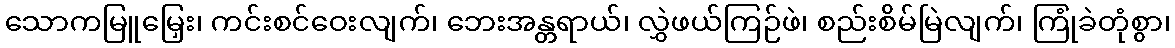
သောကမြူမြှေး၊ ကင်းစင်ဝေးလျက်၊ ဘေးအန္တရာယ်၊ လွှဲဖယ်ကြဉ်ဖဲ၊ စည်းစိမ်မြဲလျက်၊ ကြုံခဲတုံစွာ၊